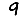
Digit: 9